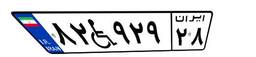
۸۲W۹۲۹۲۸